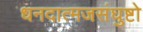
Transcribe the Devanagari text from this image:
धनदात्मजसंघुष्टो